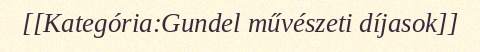
[[Kategória:Gundel művészeti díjasok]]